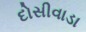
દોસીવાડા